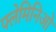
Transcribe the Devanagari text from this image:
फ्लेमिनिओ